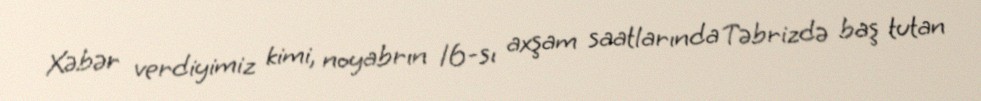
Xəbər verdiyimiz kimi, noyabrın 16-sı axşam saatlarında Təbrizdə baş tutan